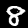
Digit: 8